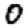
Digit: 0